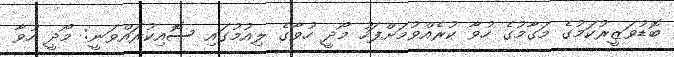
ބޮޑުވަޒީރުކަމުގެ މަގާމުގެ ހުވާ ކުރެއްވުމަށްފަހު މޯދީ ހުވާގެ ލިއުމުގައި ސޮއިކުރައްވަނީ: މޯދީ ހުވާ